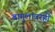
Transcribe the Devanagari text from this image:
बागुलांवरही